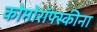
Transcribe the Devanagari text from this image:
कोमोरॉफ्स्कीना